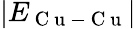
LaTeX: \lvert E_{\mathrm{~C~u~-~C~u~}}\rvert